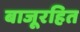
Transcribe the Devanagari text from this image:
बाजूरहित